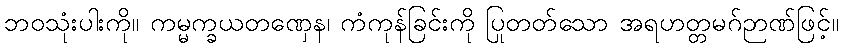
ဘဝသုံးပါးကို။ ကမ္မက္ခယတဏှေန၊ ကံကုန်ခြင်းကို ပြုတတ်သော အရဟတ္တမဂ်ဉာဏ်ဖြင့်။